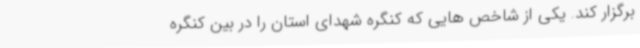
برگزار کند. یکی از شاخص هایی که کنگره شهدای استان را در بین کنگره